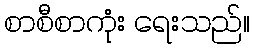
စာစီစာကုံး ရေးသည်။